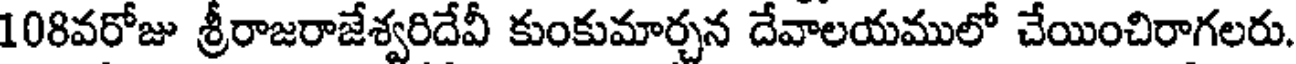
108వరోజు శ్రీరాజరాజేశ్వరిదేవీ కుంకుమార్చన దేవాలయములో చేయించిరాగలరు.